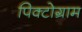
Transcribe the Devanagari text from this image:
पिक्टोग्राम